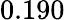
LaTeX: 0.190